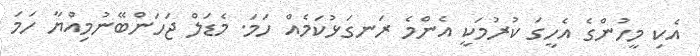
އެކި މީހުންގެ އެހީގަ ކުރުމަކީ އެންމެ ރަނގަޅުކަމެއް ހަމަ. މެޑަލް ޖަހަންބޭނުމިއްޔާ ހަަމަ